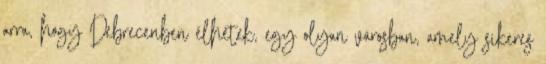
arra, hogy Debrecenben élhetek, egy olyan városban, amely sikeres